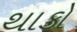
થાકો